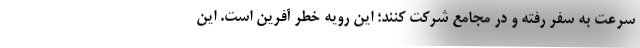
سرعت به سفر رفته و در مجامع شرکت کنند؛ این رویه خطر آفرین است. این